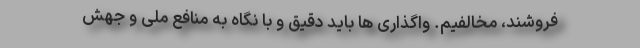
فروشند، مخالفیم. واگذاری ها باید دقیق و با نگاه به منافع ملی و جهش